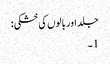
جلد اور بالوں کی خشکی:
1۔